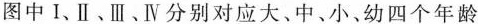
图中Ⅰ、Ⅱ、Ⅲ、Ⅳ分别对应大、中、小、幼四个年龄